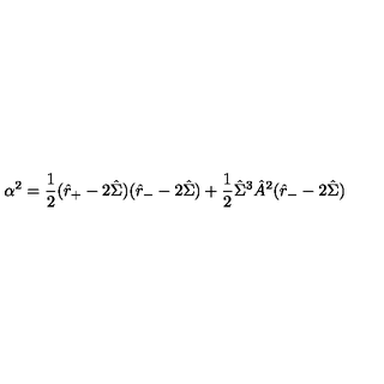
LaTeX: \alpha ^ { 2 } = \frac { 1 } { 2 } ( \hat { r } _ { + } - 2 \hat { \Sigma } ) ( \hat { r } _ { - } - 2 \hat { \Sigma } ) + \frac { 1 } { 2 } \hat { \Sigma } ^ { 3 } \hat { A } ^ { 2 } ( \hat { r } _ { - } - 2 \hat { \Sigma } )